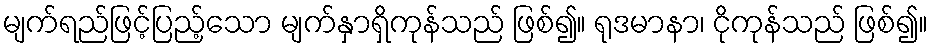
မျက်ရည်ဖြင့်ပြည့်သော မျက်နှာရှိကုန်သည် ဖြစ်၍။ ရုဒမာနာ၊ ငိုကုန်သည် ဖြစ်၍။